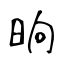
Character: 晌